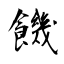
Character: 饑